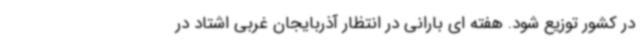
در کشور توزیع شود. هفته ای بارانی در انتظار آذربایجان غربی اشتاد در